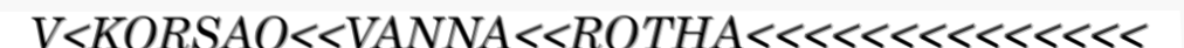
V<KORSAO<<VANNA<<ROTHA<<<<<<<<<<<<<<